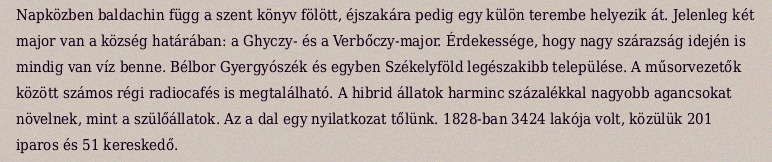
Napközben baldachin függ a szent könyv fölött, éjszakára pedig egy külön terembe helyezik át. Jelenleg két major van a község határában: a Ghyczy- és a Verbőczy-major. Érdekessége, hogy nagy szárazság idején is mindig van víz benne. Bélbor Gyergyószék és egyben Székelyföld legészakibb települése. A műsorvezetők között számos régi radiocafés is megtalálható. A hibrid állatok harminc százalékkal nagyobb agancsokat növelnek, mint a szülőállatok. Az a dal egy nyilatkozat tőlünk. 1828-ban 3424 lakója volt, közülük 201 iparos és 51 kereskedő.